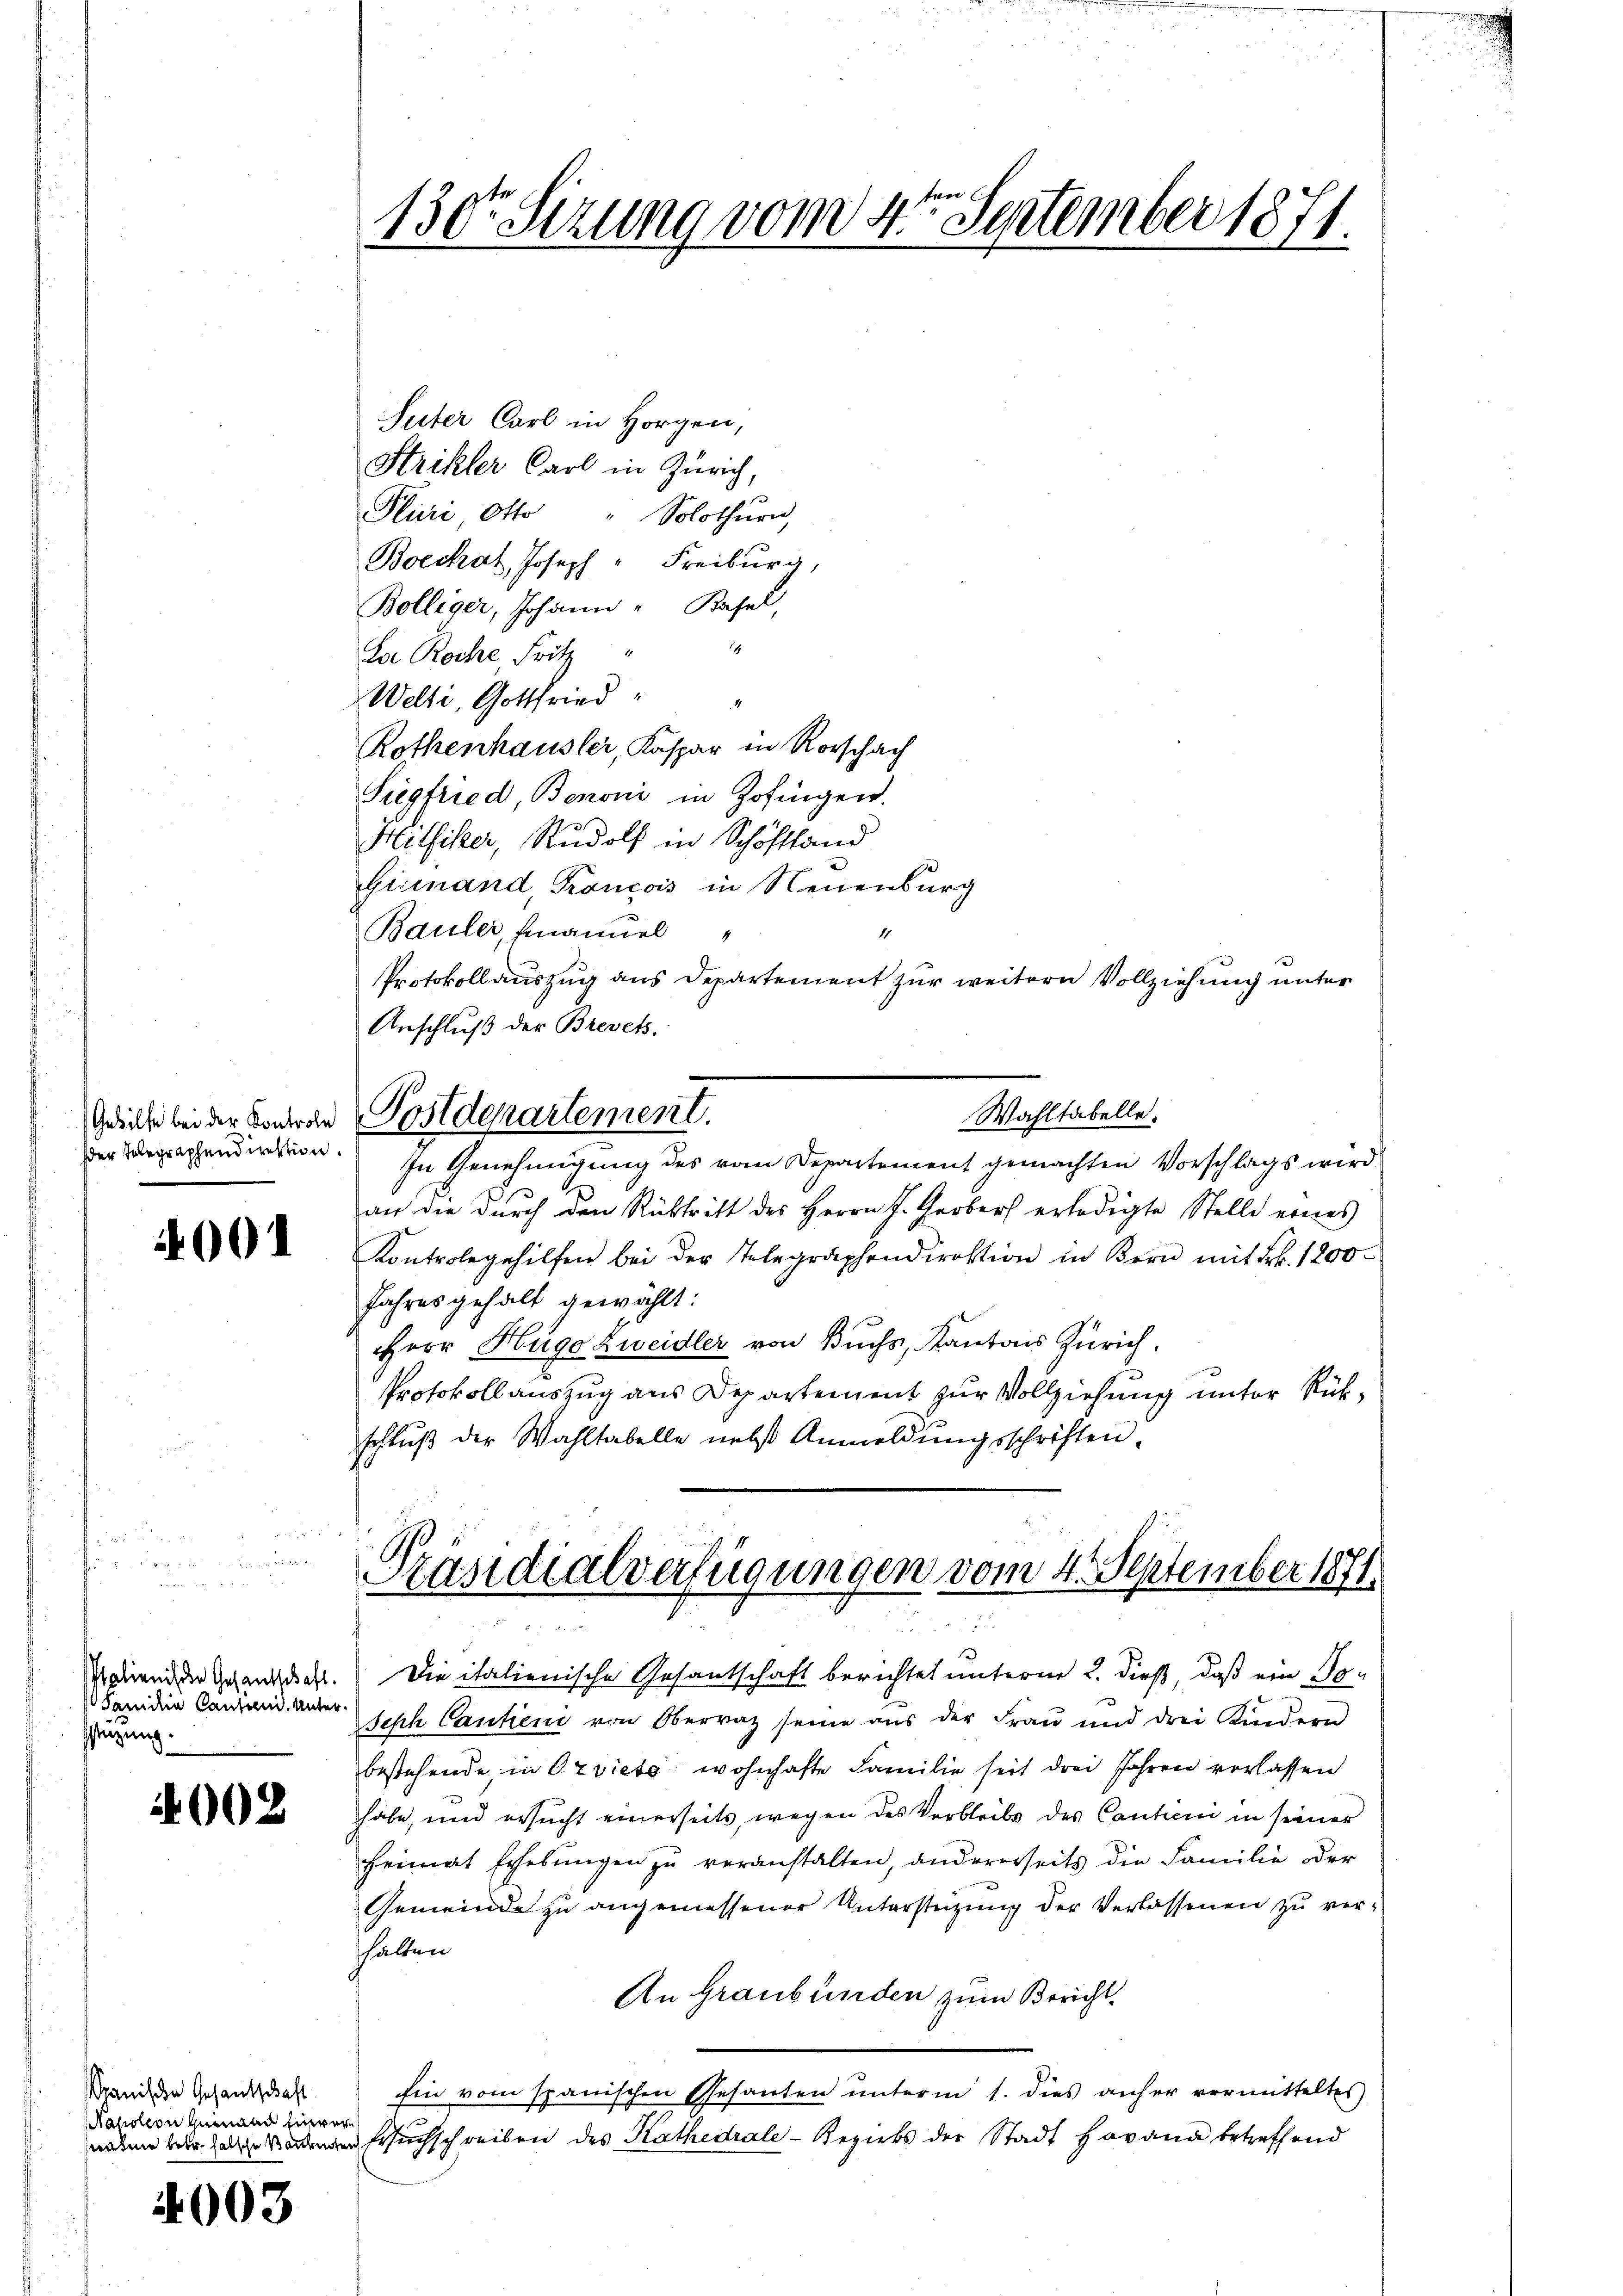
salienis der Gesantschaft.
danidie Cantond. Unterstützung.

4002

panische Gesantschaft
Nahotion gemand einver
snahme betr. halsche Vorbeite

4003

130 Sizung vom 4ten September 1871.

Suter Carl in Horgen,
Strikler Carl in Zürich,
Pluri, Otto " Solothurn,
Boeckal, Joseph " Freiburg,
Bolliger, Johann - Basel,
La Roche Fritz
Welti, Gottfried
Rothenhausler, Kaspar in Rorschach
Siegfried, Benoni in Zofingen.
Hilsiker, Rudolf in Schöffland
Gieinand, Francois in Neuenburg
Bauler, Emanuel
1
Protokollauszug aus Departement zur weitern Vollziehung unter
Anschluß der Brevets.
Wahltabelle.
Gericht bei der Boneren Postdepartement.
er Telegraphendirektion.
In Genehmigung des vom Departement gemachten Vorschlags wird
an die durch den Rücktritt des Herrn J. Grober erledigte Stelle eines
 u Kontrole gehilfen bei der Telegraphendirektion in Bern mit Frk. 1200
Jahres gehalt gewählt:
Herr Hugo Zweidler von Buchs, Kantons Zürich.
Protokollauszug aus Departement zur Vollziehung unter Rükschluß der Wahltabelle nebst Anmeldungsschriften.

Präsidialverfügungen vom 4. September 1871

u
i

Die italienische Gesantschaft berichtet unterm 2. dieß, daß ein Po¬
Seph Cantieni von Oberrat seine aus der Frau und drei Kindern
bestehende in Orviete wohnhafte Familie seit drei Jahren verlassen
habe, und ersucht einerseits, wegen des Verbleibe des Cantoni in seiner
Heimat Erhebungen zu veranstalten, andererseits die Familie der
Gemeinde zu angemessener Unterstützung der Verlassenen zu verthalten
An Graubünden zum Bericht.
Ein vom spanischen Gesanten unterm 1. dies anher vermitteltes
 Ersuchschreiben des Kathedrale Bezirks der Stadt Havana betreffend